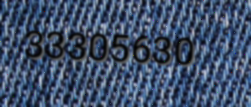
33305630